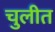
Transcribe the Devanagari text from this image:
चुलीत